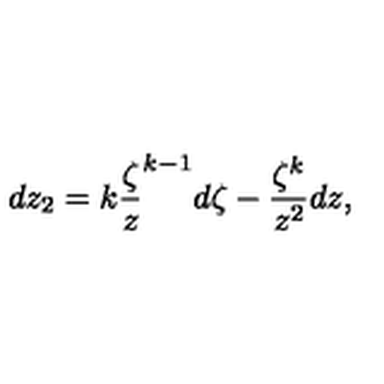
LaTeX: d z _ { 2 } = k \frac { \zeta } { z } ^ { k - 1 } d \zeta - \frac { \zeta ^ { k } } { z ^ { 2 } } d z ,